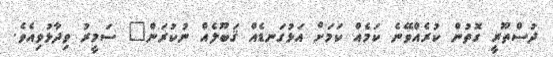
ދުސްތޫރީ ގޮތުން ކުރެއްވޭނެ ކަމެއް ކަމަށް އަޅުގަނޑެއް ޤަބޫލެއް ނުކުރަން" ސަމީރު ވިދާޅުވިއެވެ.